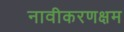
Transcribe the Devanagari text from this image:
नावीकरणक्षम